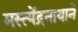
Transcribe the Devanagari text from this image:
मस्त्येंद्रनाथाने